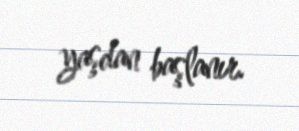
yaşdan başlanır.